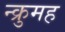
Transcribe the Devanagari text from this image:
न्क्रुमह